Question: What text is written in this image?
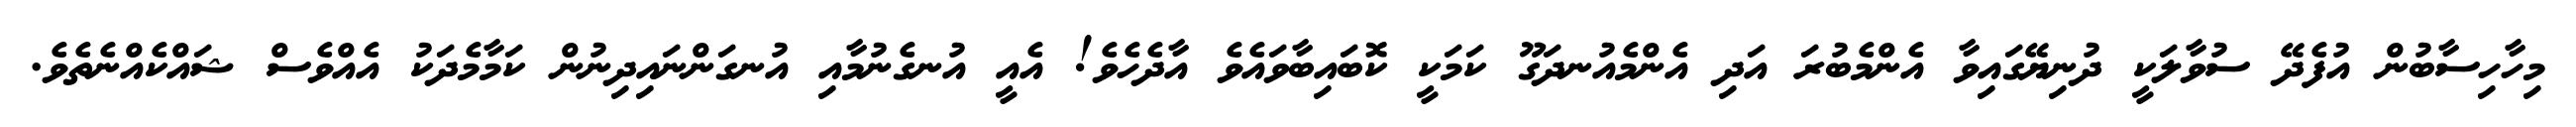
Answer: މިހާހިސާބުން އުފެދޭ ސުވާލަކީ ދުނިޔޭގައިވާ އެންމެބުރަ އަދި އެންމެއުނދަގޫ ކަމަކީ ކޮބައިބާވައެވެ އާދެހެވެ! އެއީ އުނގެނުމާއި އުނގަންނައިދިނުން ކަމާމެދަކު އެއްވެސް ޝައްކެއްނެތެވެ.